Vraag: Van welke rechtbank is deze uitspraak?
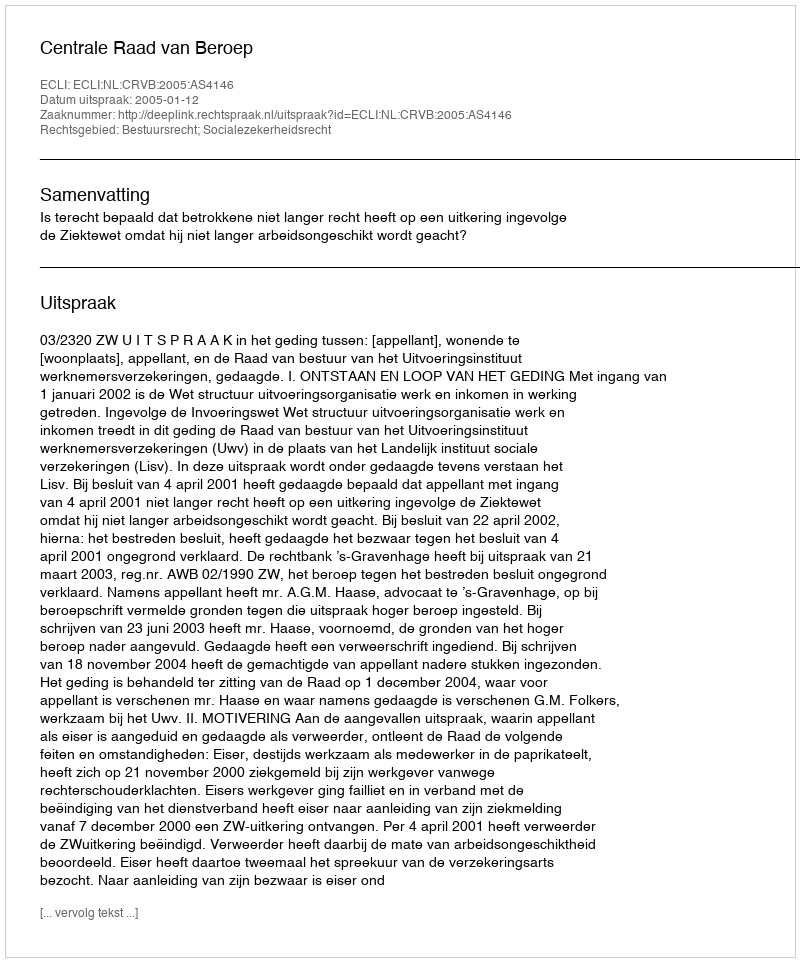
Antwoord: Centrale Raad van Beroep